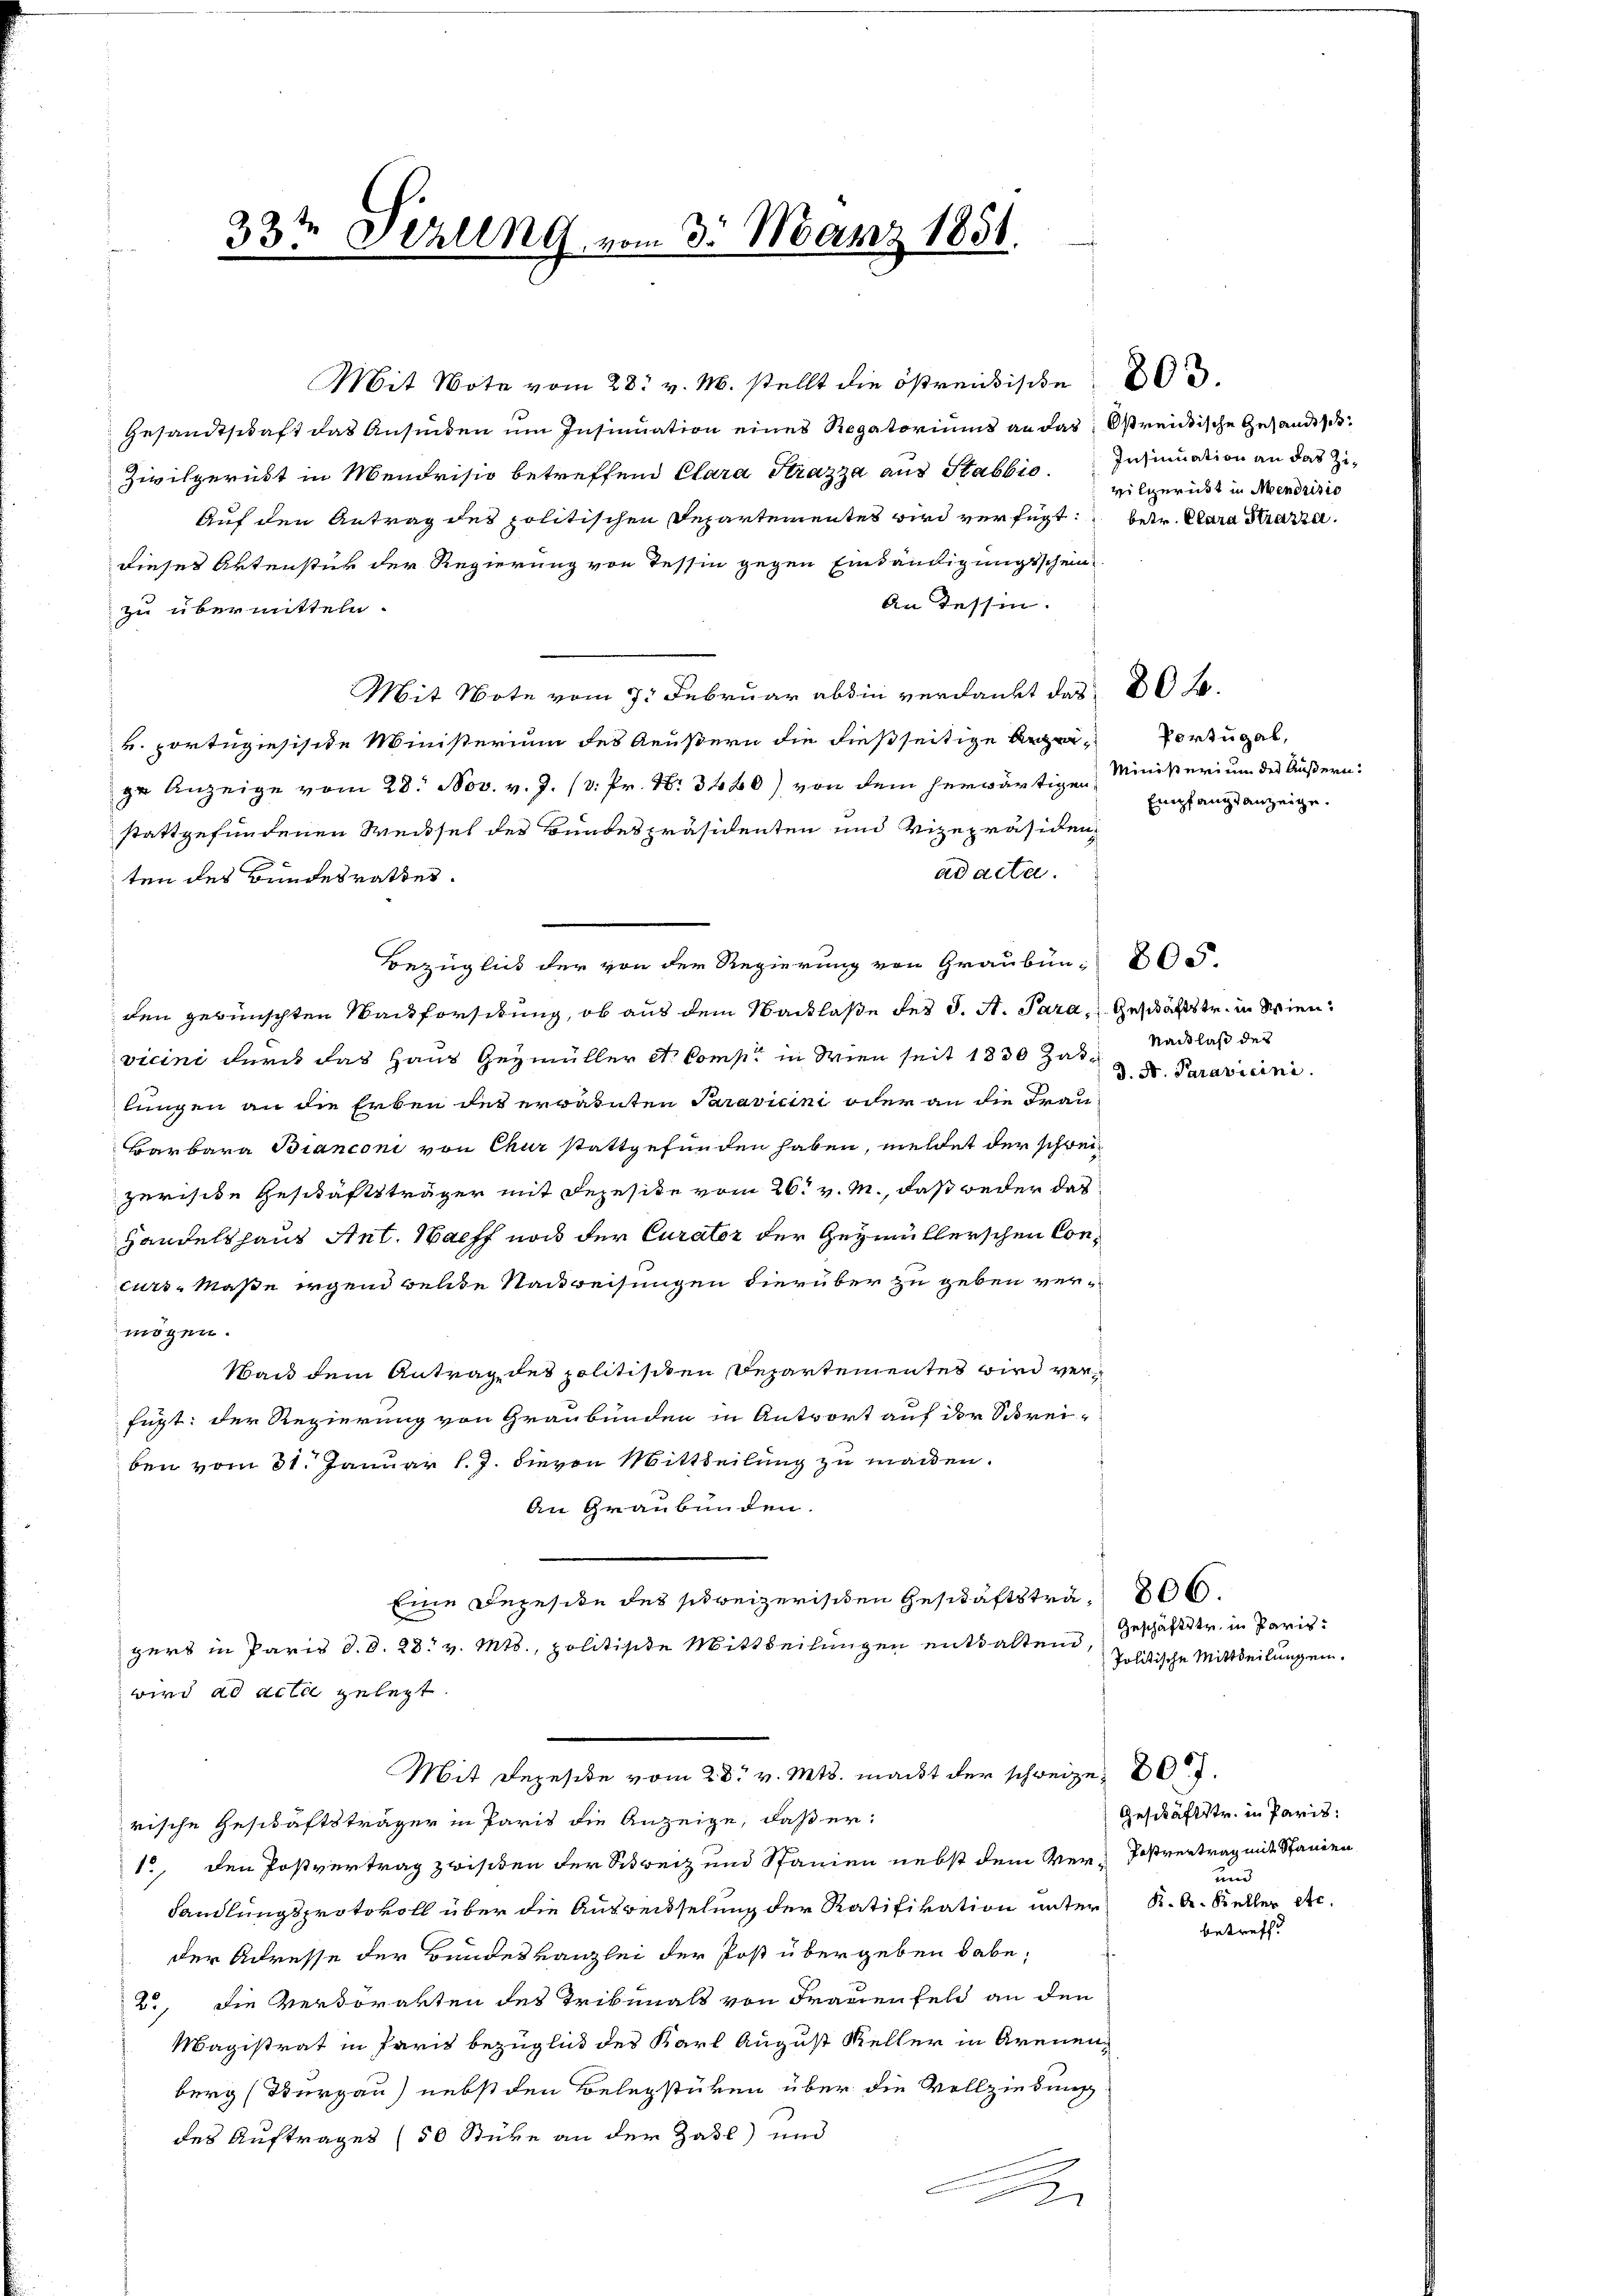
33te Perung vom 3. März 1851.

Gesandtschaft das Ansiden um Insinuation eines Rogatoriums an das streidische Gesandtsc
Zivilgerückt in Mendrisio betreffend Clara Strazza aus Stabbio. Insinuation an das Zi-
Auf den Antrag des politischen Departementes wird verfügt: betr. Clara Strazzel.
dieses Aktenstück der Regierung von Tessin gegen Einländigungsschein
An Tessin.
zu übermitteln.
Mit Note vom 7. Februar abdie verdankt das 20 f.
v. Portugisische Ministerium des Aeußern die dießseitigenge Anzeige vom 28. Nov. v. J. (3. Pr. N. 3480) von dem herwärtigen Ministerium des Äußern:
stattgefundenen Weissel des Bundespräsidenten und Vizepräsiden,
ad acta.
ten des Bundesrathes.
Bezüglich der von der Regierung von Graubün- 800.
den gewünschten Sackforstung, ob aus dem Nacklasse des J. A. Para, Geschäftstr. in Wien,
vicini durch das Haus Gezmüller et Comp. in Wien seit 1830 Zaslungen an die Erben des erwarnten Paravicini oder an die Frau
Barbara Bianconi von Chur stattgefunden haben, meldet der schreizerische Geschäftsträger mit Depesite vom 26t v. M., daß weder das
Handelshaus Ant. Wachs noch der Curator der Gezmüllerschen Concurs-Maße irgend welche Nackweisungen hierüber zu geben vermögen.
Wand dem Antrag des politischen Departementes wird verfügt: der Regierung von Graubünden in Antwort auf der Schreiben vom 31. Januar l. J. hievon Mittheilung zu machen.
An Graubünden.
Eine Rezesite des schweizerischen Geschäftsträ- 800.
gers in Paris d. d. 28. v. Mts., politisite Mittheilungen entsaltend, Geschäftstr. in Paris
wird ad acta gelegt.
Mit Depeside vom 28. v. Mts. macht der schweizen 20.
rische Geschäftsträger in Paris die Anzeige, daß er¬
1., den Postvertrag zwisiben der Schweiz und Spanien nebst dem Ver-Postvertrag mit Standen
handlungsprotokoll über die Auswechselung der Ratifikation unter K. A. Keller etc.
der Adresse der Bundeskanzlei der Post übergeben habe,
2., die Verdorakten des Tribunals von Frauenfeld an den
Magistrat in Paris Bezüglich des Karl August Keller in Arenenberg (Thurgau) nebst den Belegstüken über die Vollziehung
des Auftrages (50 Stüke an der Zahl) und
.

Mit Not vom 28. v. M. stellt die östreidische

vilgerüst in Mendrisio

Portugal,
Empfangsanzeige.

Nachlaß der
d. S. Paravicini

Politische Mittheilungen.

Geschäftstr. in Paris:
und

betreff